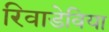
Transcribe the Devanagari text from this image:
रिवाडेविया